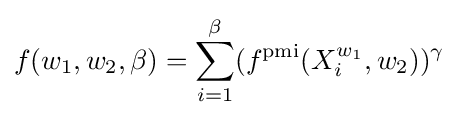
f(w_{1},w_{2},\beta )=\sum _{i=1}^{\beta }(f^{\text{pmi}}(X_{i}^{w_{1}},w_{2}))^{\gamma }